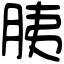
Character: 胰